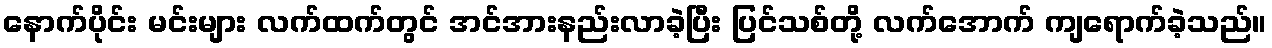
နောက်ပိုင်း မင်းများ လက်ထက်တွင် အင်အားနည်းလာခဲ့ပြီး ပြင်သစ်တို့ လက်အောက် ကျရောက်ခဲ့သည်။